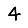
Digit: 4